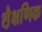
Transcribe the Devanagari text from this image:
शै़क्षणिक